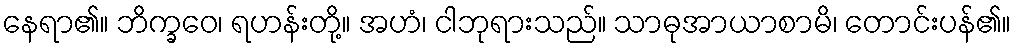
နေရာ၏။ ဘိက္ခဝေ၊ ရဟန်းတို့။ အဟံ၊ ငါဘုရားသည်။ သာဓုအာယာစာမိ၊ တောင်းပန်၏။